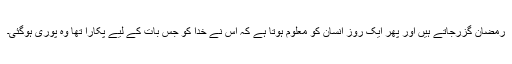
رمضان گزرجاتے ہیں اور پھر ایک روز انسان کو معلوم ہوتا ہے کہ اس نے خدا کو جس بات کے لیے پکارا تھا وہ پوری ہوگئی۔